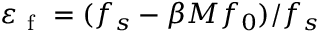
\varepsilon _ { \mathrm { ~ f ~ } } = ( f _ { s } - \beta M f _ { 0 } ) / f _ { s }